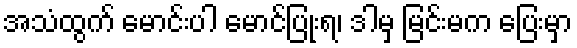
အသံထွက် မောင်းပါ မောင်ပြုံးရ၊ ဒါမှ မြင်းမက ပြေးမှာ